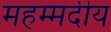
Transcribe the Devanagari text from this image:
महम्मदीय